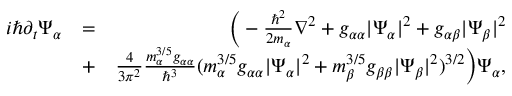
\begin{array} { r l r } { i \hbar \partial _ { t } \Psi _ { \alpha } } & { = } & { \Big ( - \frac { \hbar ^ { 2 } } { 2 m _ { \alpha } } \nabla ^ { 2 } + g _ { \alpha \alpha } | \Psi _ { \alpha } | ^ { 2 } + g _ { \alpha \beta } | \Psi _ { \beta } | ^ { 2 } } \\ & { + } & { \frac { 4 } { 3 \pi ^ { 2 } } \frac { m _ { \alpha } ^ { 3 / 5 } g _ { \alpha \alpha } } { \hbar ^ { 3 } } ( m _ { \alpha } ^ { 3 / 5 } g _ { \alpha \alpha } | \Psi _ { \alpha } | ^ { 2 } + m _ { \beta } ^ { 3 / 5 } g _ { \beta \beta } | \Psi _ { \beta } | ^ { 2 } ) ^ { 3 / 2 } \Big ) \Psi _ { \alpha } , } \end{array}